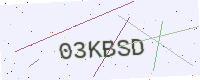
Text: 03KBSD